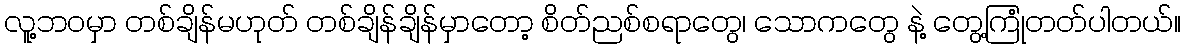
လူ့ဘဝမှာ တစ်ချိန်မဟုတ် တစ်ချိန်ချိန်မှာတော့ စိတ်ညစ်စရာတွေ၊ သောကတွေ နဲ့ တွေ့ကြုံတတ်ပါတယ်။